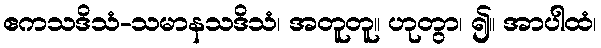
ဧကသဒိသံ-သမာနသဒိသံ၊ အတူတူ။ ဟုတွာ၊ ၍။ အာပါထံ၊